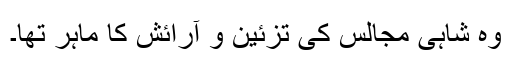
وہ شاہی مجالس کی تزئین و آرائش کا ماہر تھا۔